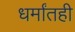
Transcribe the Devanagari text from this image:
धर्मांतही